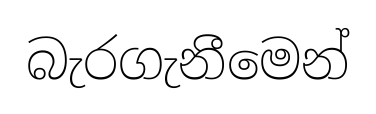
බැරගැනීමෙන්